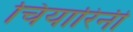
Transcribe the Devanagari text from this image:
चियारिनी